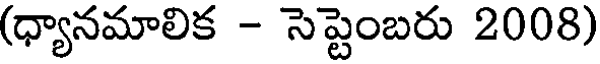
(ధ్యానమాలిక - సెప్టెంబరు 2008)